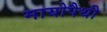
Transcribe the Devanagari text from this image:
मायोपैथी